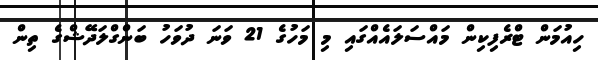
ހިއުމަން ޓްރެފިކިން މައްސަލައެއްގައި މި މަހުގެ 21 ވަނަ ދުވަހު ބަންގްލަދޭޝްގެ ތިން